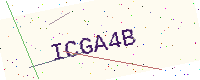
Text: ICGA4B